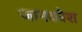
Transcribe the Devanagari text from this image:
जानकीश